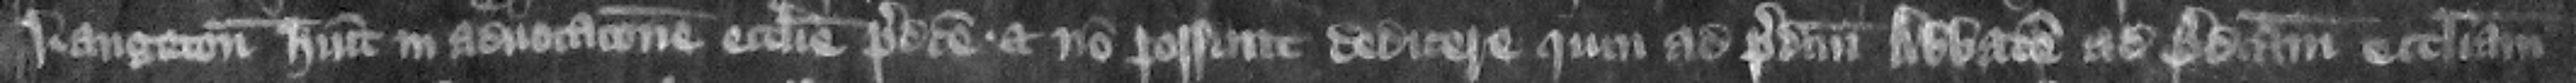
Langton habuit in aduocacione ecclesie predicte. Et non possunt dedicere quin ad predictum abbatem ad predictam ecclesiam